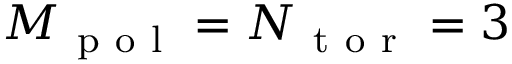
M _ { \mathrm { ~ p ~ o ~ l ~ } } = N _ { \mathrm { ~ t ~ o ~ r ~ } } = 3